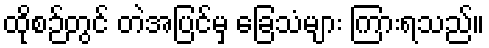
ထိုစဉ်တွင် တဲအပြင်မှ ခြေသံများ ကြားရသည်။